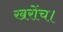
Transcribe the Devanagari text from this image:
खरोंच।